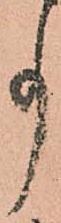
事